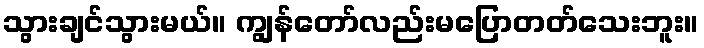
သွားချင်သွားမယ်။ ကျွန်တော်လည်းမပြောတတ်သေးဘူး။